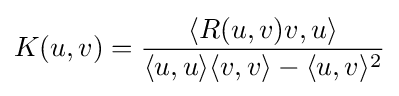
K(u,v)={\langle R(u,v)v,u\rangle  \over \langle u,u\rangle \langle v,v\rangle -\langle u,v\rangle ^{2}}